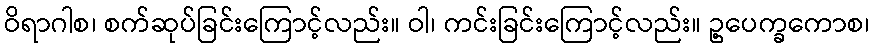
ဝိရာဂါစ၊ စက်ဆုပ်ခြင်းကြောင့်လည်း။ ဝါ၊ ကင်းခြင်းကြောင့်လည်း။ ဥ့ပေက္ခကောစ၊